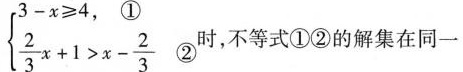
$$\begin{cases} 3 - x ≥ 4 ①\\